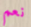
نعم